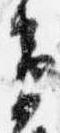
衛